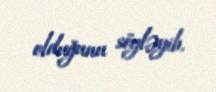
olduğunu söyləyib.